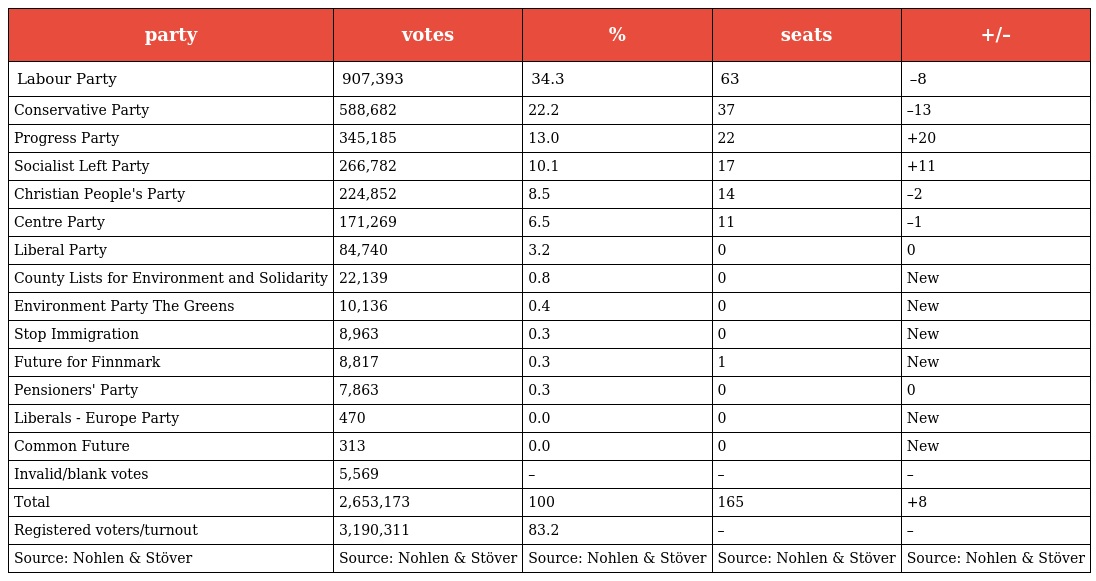
| party | votes | % | seats | +/– |
 | --- | --- | --- | --- | --- |
 | Labour Party | 907,393 | 34.3 | 63 | –8 |
 | Conservative Party | 588,682 | 22.2 | 37 | –13 |
 | Progress Party | 345,185 | 13.0 | 22 | +20 |
 | Socialist Left Party | 266,782 | 10.1 | 17 | +11 |
 | Christian People's Party | 224,852 | 8.5 | 14 | –2 |
 | Centre Party | 171,269 | 6.5 | 11 | –1 |
 | Liberal Party | 84,740 | 3.2 | 0 | 0 |
 | County Lists for Environment and Solidarity | 22,139 | 0.8 | 0 | New |
 | Environment Party The Greens | 10,136 | 0.4 | 0 | New |
 | Stop Immigration | 8,963 | 0.3 | 0 | New |
 | Future for Finnmark | 8,817 | 0.3 | 1 | New |
 | Pensioners' Party | 7,863 | 0.3 | 0 | 0 |
 | Liberals - Europe Party | 470 | 0.0 | 0 | New |
 | Common Future | 313 | 0.0 | 0 | New |
 | Invalid/blank votes | 5,569 | – | – | – |
 | Total | 2,653,173 | 100 | 165 | +8 |
 | Registered voters/turnout | 3,190,311 | 83.2 | – | – |
 | Source: Nohlen & Stöver | Source: Nohlen & Stöver | Source: Nohlen & Stöver | Source: Nohlen & Stöver | Source: Nohlen & Stöver |